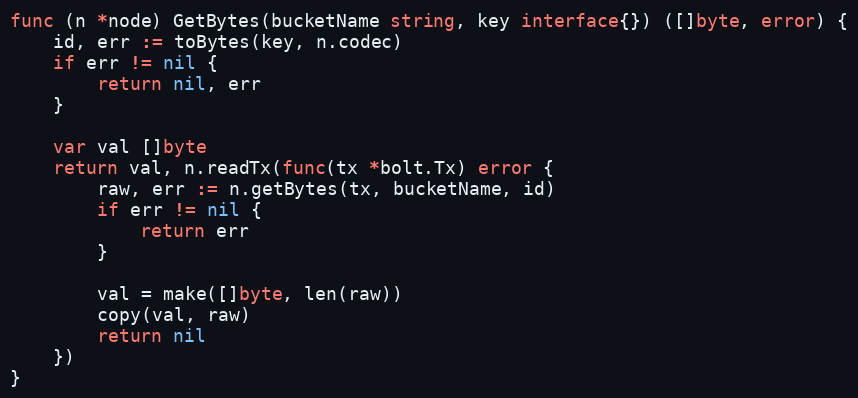
Language: Go
func (n *node) GetBytes(bucketName string, key interface{}) ([]byte, error) {
	id, err := toBytes(key, n.codec)
	if err != nil {
		return nil, err
	}

	var val []byte
	return val, n.readTx(func(tx *bolt.Tx) error {
		raw, err := n.getBytes(tx, bucketName, id)
		if err != nil {
			return err
		}

		val = make([]byte, len(raw))
		copy(val, raw)
		return nil
	})
}